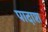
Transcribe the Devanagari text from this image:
पादाश